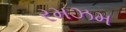
રમઝમ